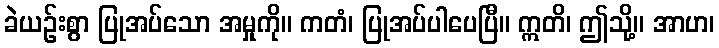
ခဲယဉ်းစွာ ပြုအပ်သော အမှုကို။ ကတံ၊ ပြုအပ်ပါပေပြီ။ ဣတိ၊ ဤသို့။ အာဟ၊